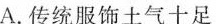
A.传统服饰土气十足